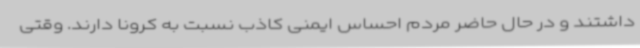
داشتند و در حال حاضر مردم احساس ایمنی کاذب نسبت به کرونا دارند. وقتی